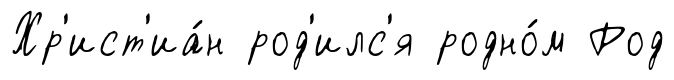
Хр'ист'иа́н род'илс'я родно́м Род